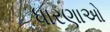
ધારણાઓ